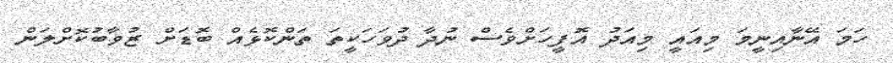
ހަމަ އޭނާއިނީމަ މިއައީ މިއަދު އޮފީހަށްވެސް ނުދާ ދުވަހަކީތަ ތަންކޮޅެއް ބޮޑަށް ޒުވާބުކޮށްލަން